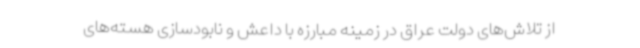
از تلاش‌های دولت عراق در زمینه مبارزه با داعش و نابودسازی هسته‌های